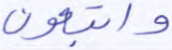
واتبعون